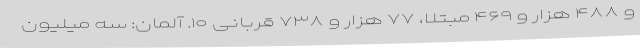
و ۴۸۸ هزار و ۴۶۹ مبتلا، ۷۷ هزار و ۷۳۸ قربانی ۱۰. آلمان: سه میلیون